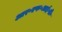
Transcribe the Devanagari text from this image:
आर॰एफ॰आई॰डी॰